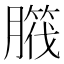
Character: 𦠱